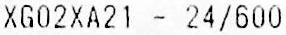
XG02XA21 - 24/600